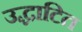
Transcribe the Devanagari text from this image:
उद्धाटित